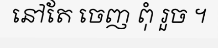
នៅតែ ចេញ ពុំ រួច ។